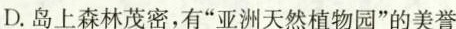
D.岛上森林茂密，有”亚洲天然植物园”的美誉